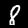
Digit: 8